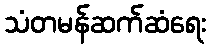
သံတမန်ဆက်ဆံရေး